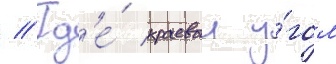
// Гд'е́ краевои у́гол